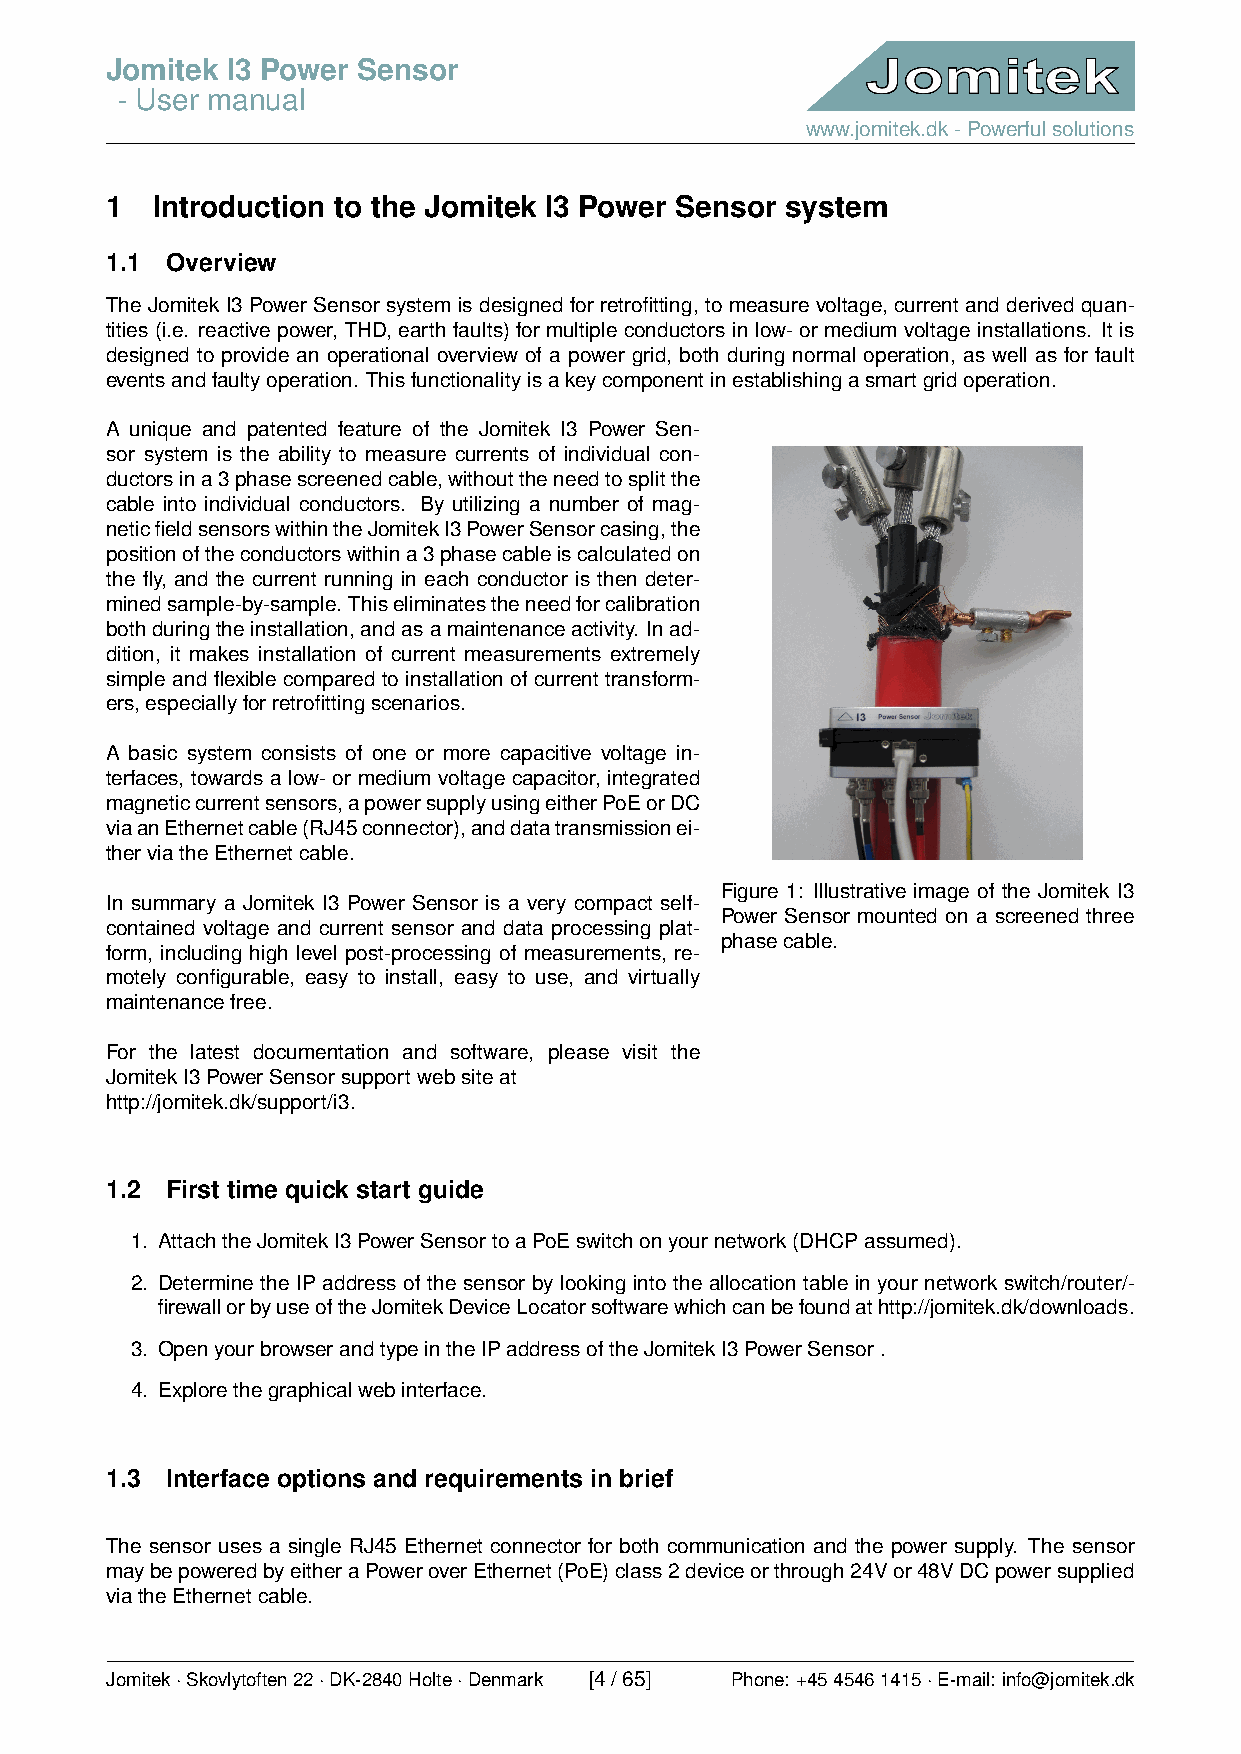
Jomitek I3 Power Sensor
 - User manual
 www.jomitek.dk-Powerfulsolutions
 1  Introduction to the Jomitek I3 Power Sensor system
 1.1 Overview
 The Jomitek I3 Power Sensor system is designed for retrofitting, to measure voltage, current and derived quan-
 tities (i.e. reactive power, THD, earth faults) for multiple conductors in low- or medium voltage installations. It is
 designed to provide an operational overview of a power grid, both during normal operation, as well as for fault
 eventsandfaultyoperation. Thisfunctionalityisakeycomponentinestablishingasmartgridoperation.
 A unique and patented feature of the Jomitek I3 Power Sen-
 sor system is the ability to measure currents of individual con-
 ductorsina3phasescreenedcable,withouttheneedtosplitthe
 cable into individual conductors. By utilizing a number of mag-
 neticfieldsensorswithintheJomitekI3PowerSensorcasing,the
 positionoftheconductorswithina3phasecableiscalculatedon
 the fly, and the current running in each conductor is then deter-
 minedsample-by-sample. Thiseliminatestheneedforcalibration
 bothduringtheinstallation,andasamaintenanceactivity. Inad-
 dition, it makes installation of current measurements extremely
 simple and flexible compared to installation of current transform-
 ers,especiallyforretrofittingscenarios.
 A basic system consists of one or more capacitive voltage in-
 terfaces, towards a low- or medium voltage capacitor, integrated
 magneticcurrentsensors,apowersupplyusingeitherPoEorDC
 viaanEthernetcable(RJ45connector),anddatatransmissionei-
 therviatheEthernetcable.
 Figure 1: Illustrative image of the Jomitek I3
 In summary a Jomitek I3 Power Sensor is a very compact self-
 Power Sensor mounted on a screened three
 contained voltage and current sensor and data processing plat-
 phasecable.
 form, including high level post-processing of measurements, re-
 motely configurable, easy to install, easy to use, and virtually
 maintenancefree.
 For the latest documentation and software, please visit the
 JomitekI3PowerSensorsupportwebsiteat
 http://jomitek.dk/support/i3.
 1.2 First time quick start guide
 1. AttachtheJomitekI3PowerSensortoaPoEswitchonyournetwork(DHCPassumed).
 2. Determine the IP address of the sensor by looking into the allocation table in your network switch/router/-
 firewallorbyuseoftheJomitekDeviceLocatorsoftwarewhichcanbefoundathttp://jomitek.dk/downloads.
 3. OpenyourbrowserandtypeintheIPaddressoftheJomitekI3PowerSensor.
 4. Explorethegraphicalwebinterface.
 1.3 Interface options and requirements in brief
 The sensor uses a single RJ45 Ethernet connector for both communication and the power supply. The sensor
 maybepoweredbyeitheraPoweroverEthernet(PoE)class2deviceorthrough24Vor48VDCpowersupplied
 viatheEthernetcable.
 Jomitek·Skovlytoften22·DK-2840Holte·Denmark [4/65] Phone: +4545461415·E-mail: info@jomitek.dk